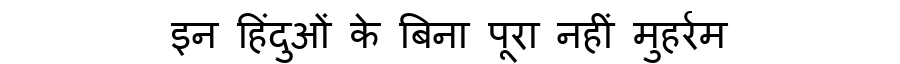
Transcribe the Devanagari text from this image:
इन हिंदुओं के बिना पूरा नहीं मुहर्रम